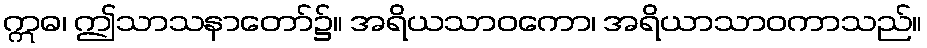
ဣဓ၊ ဤသာသနာတော်၌။ အရိယသာဝကော၊ အရိယာသာဝကာသည်။